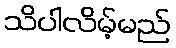
သိပါလိမ့်မည်